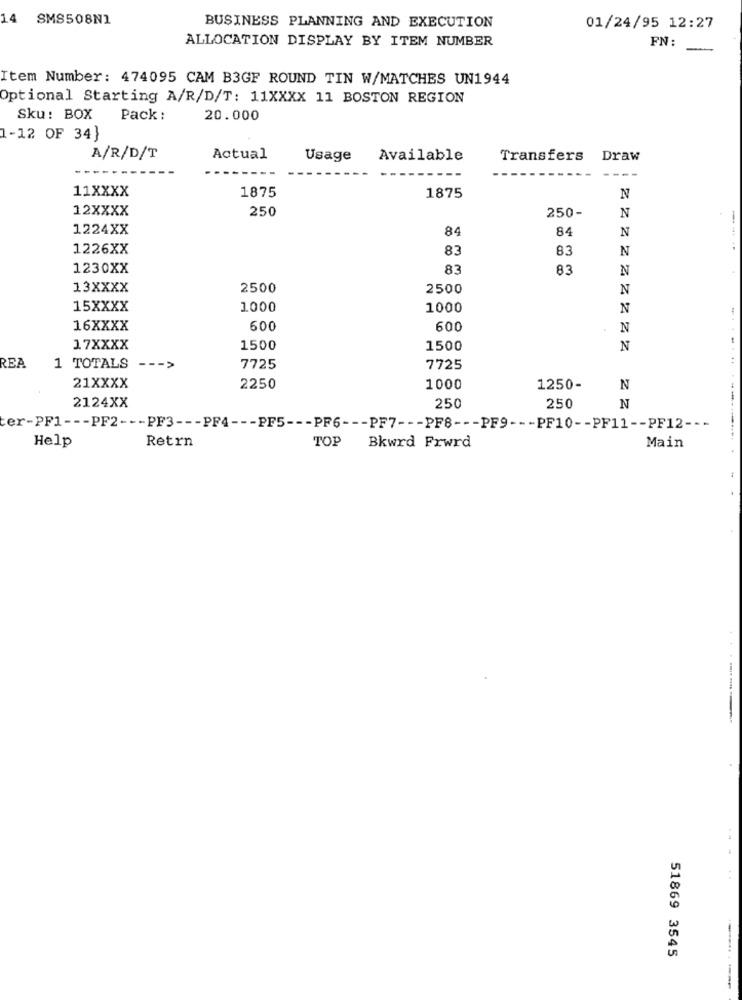
14 SMS508N1
BUSINESS PLANNING AND EXECUTION
01/24/95 12:27
ALLOCATION DISPLAY BY ITEM NUMBER
FN:
Item Number: 474095 CAM B3GF ROUND TIN W/MATCHES UN1944
Optional Starting A/R/D/T: 11XXXX 11 BOSTON REGION
Sku: BOX
Pack :
20.000
1-12 OF 34]
A/R/D/T
Actual
Usage
Available
Transfers
Draw
11XXXX
1875
1875
N
12XXXX
250
250-
N
1224XX
84
84
N
1226XX
83
83
N
1230XX
83
83
N
13XXXX
2500
2500
N
15XXXX
1000
1000
N
16XXXX
600
600
N
17XXXX
1500
1500
N
REA
1 TOTALS
- - - >
7725
7725
21XXXX
2250
1000
1250-
N
2124XX
250
250
N
ter-PF1 --- PF2 --- PF3 --- PF4 --- PF5 --- PF6 --- PF7 --- PF8 --- PF9 --- PF10 -- PF11 -- PF12 ---
Retrn
TOP
Main
Help
Bkwrd Frwrd
51869 3545